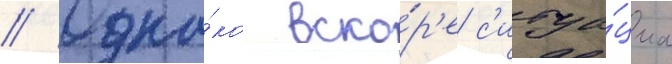
// Одна́ко вско́р'е с'итуа́циа